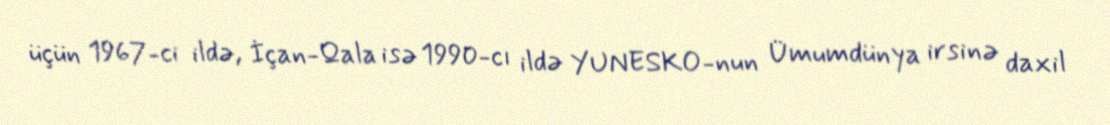
üçün 1967-ci ildə, İçan-Qala isə 1990-cı ildə YUNESKO-nun Ümumdünya irsinə daxil